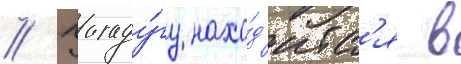
// Уагаду́гу нахо́д'итс'я в